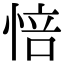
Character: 㥉